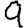
Digit: 9